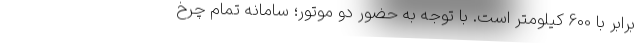
برابر با 600 کیلومتر است. با توجه به حضور دو موتور؛ سامانه تمام چرخ